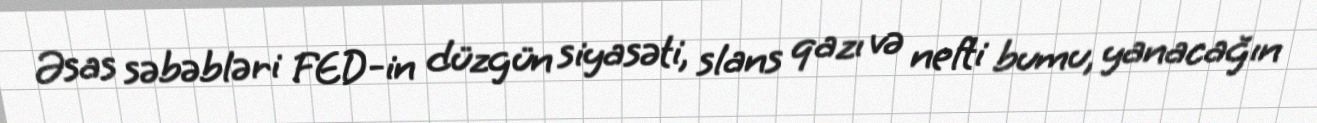
Əsas səbəbləri FED-in düzgün siyasəti, slans qazı və nefti bumu, yanacağın